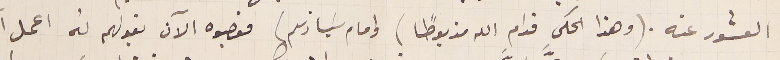
العشور عنه. (وهذا الحكي قدام الله مزبوطًا) وامام سَيادتكم) فعصبوه الآن بقولهم لهُ اعمل